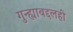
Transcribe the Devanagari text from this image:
गुन्ह्याबद्दलही